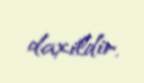
daxildir.